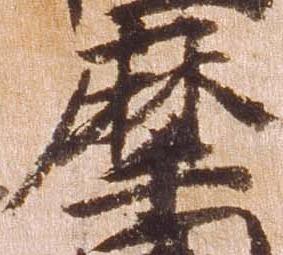
摩